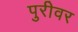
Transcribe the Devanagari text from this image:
पुरीवर